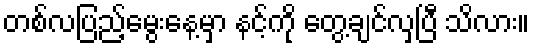
တစ်လပြည့်မွေးနေ့မှာ နင့်ကို တွေ့ချင်လှပြီ သိလား။